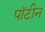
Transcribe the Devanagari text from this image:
पॉटीन